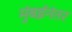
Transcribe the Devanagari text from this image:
मुंबईनंतर